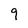
Character: 9